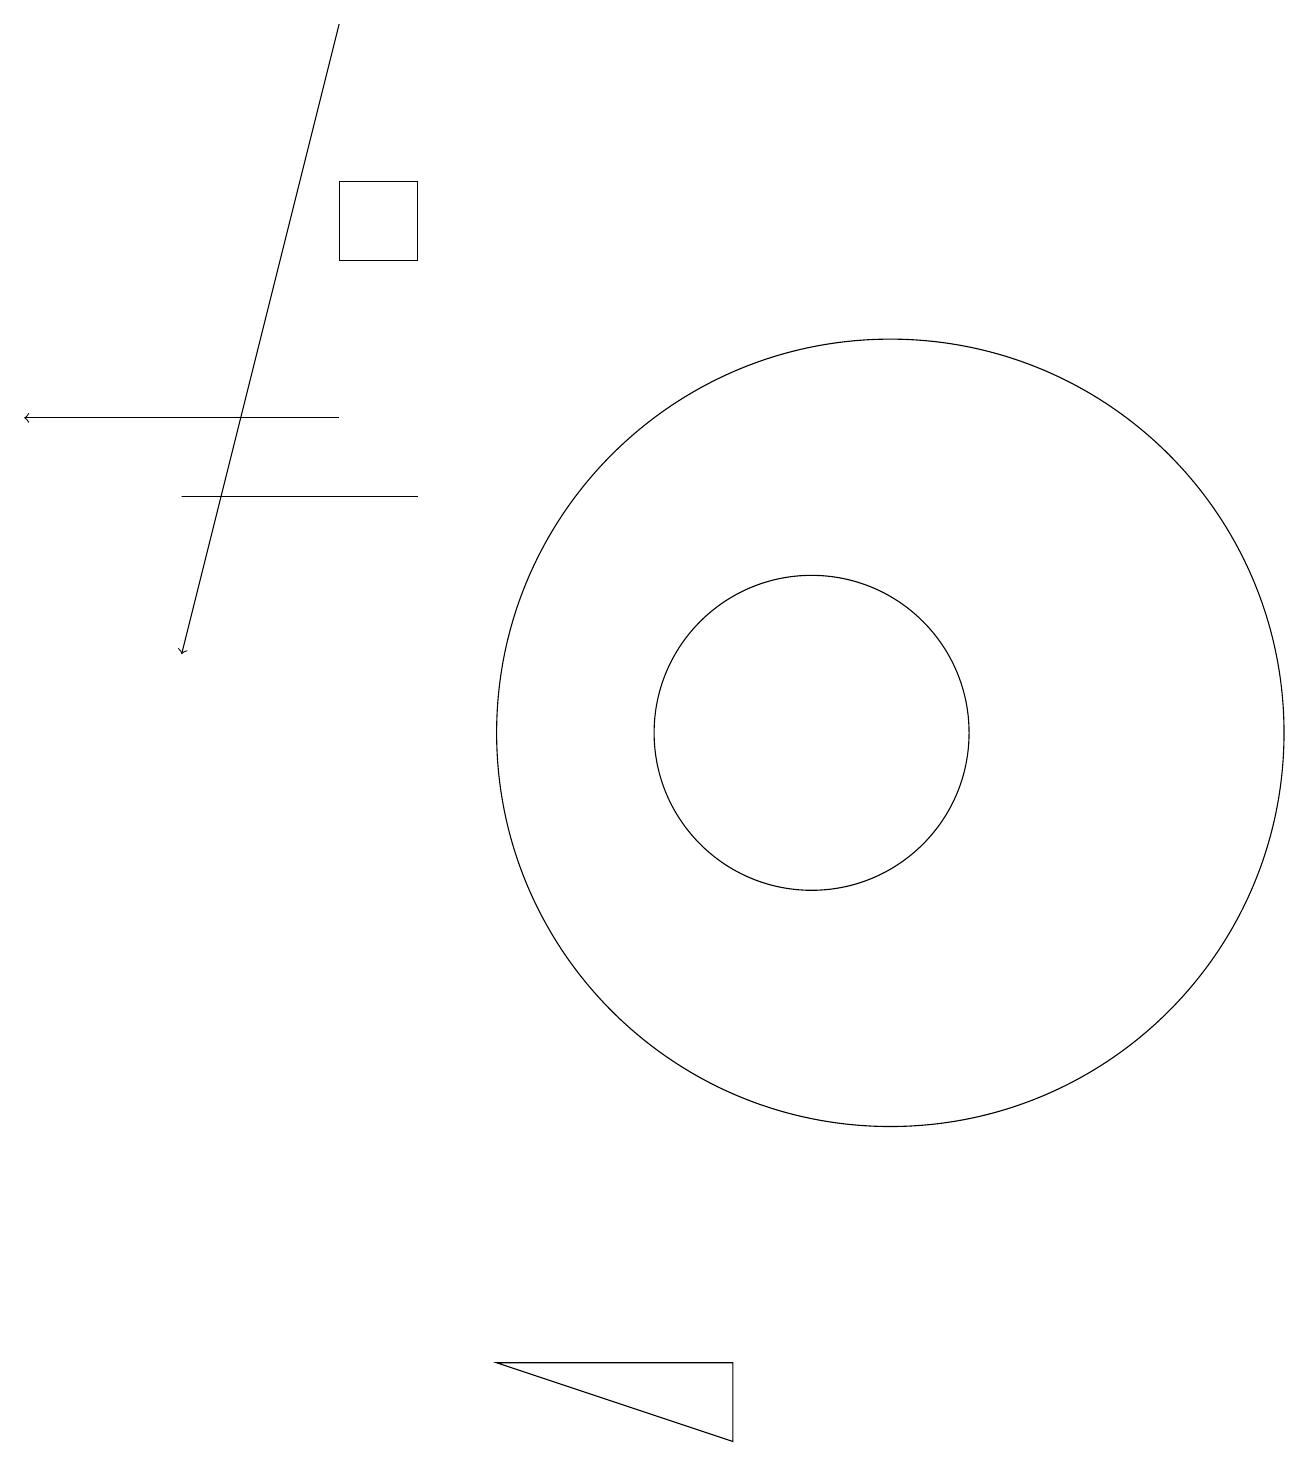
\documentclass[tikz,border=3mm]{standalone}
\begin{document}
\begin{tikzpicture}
\draw[->] (4,19) -- (2,11);
\draw (10,10) circle (2);
\draw (11,10) circle (5);
\draw (5,17) rectangle (4,16);
\draw (2,13) rectangle (5,13);
\draw[->] (4,14) -- (0,14);
\draw (6,2) -- (9,1) -- (9,2) -- cycle;
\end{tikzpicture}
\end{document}